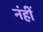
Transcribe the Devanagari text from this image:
नंहीं